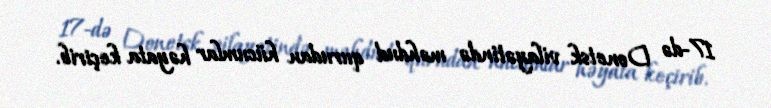
17-də Donetsk vilayətində məhdud qurudan hücumlar həyata keçirib.